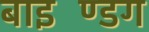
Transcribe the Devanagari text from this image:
बाइण्डिंग